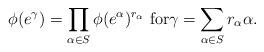
LaTeX: \begin{align*}\phi(e^{\gamma})=\prod_{\alpha\in S}\phi(e^{\alpha})^{r_{\alpha}}\text{ for}\gamma=\sum_{\alpha\in S}r_{\alpha}\alpha.\end{align*}